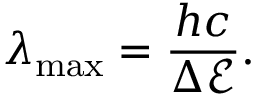
\lambda _ { \mathrm { m a x } } = \frac { h c } { \Delta \mathcal { E } } .